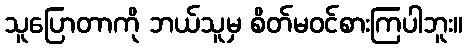
သူပြောတာကို ဘယ်သူမှ စိတ်မဝင်စားကြပါဘူး။